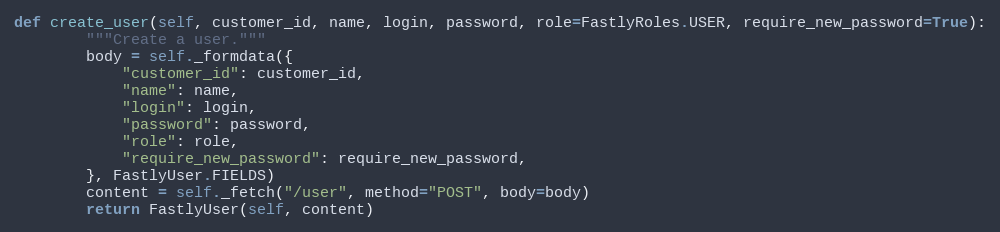
Language: Python
def create_user(self, customer_id, name, login, password, role=FastlyRoles.USER, require_new_password=True):
		"""Create a user."""
		body = self._formdata({
			"customer_id": customer_id,
			"name": name,
			"login": login,
			"password": password,
			"role": role,
			"require_new_password": require_new_password,
		}, FastlyUser.FIELDS)
		content = self._fetch("/user", method="POST", body=body)
		return FastlyUser(self, content)